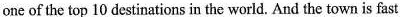
one of the top 10 destinations in the world. And the town is fast